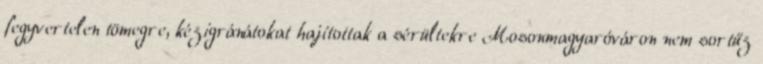
fegyvertelen tömegre, kézigránátokat hajítottak a sérültekre Mosonmagyaróváron nem sortűz